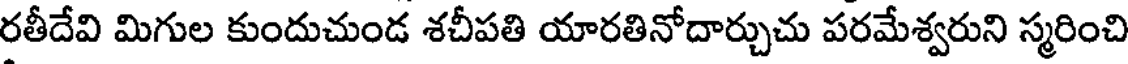
రతీదేవి మిగుల కుందుచుండ శచీపతి యారతినోదార్చుచు పరమేశ్వరుని స్మరించి